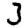
Digit: 3